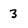
Character: 3